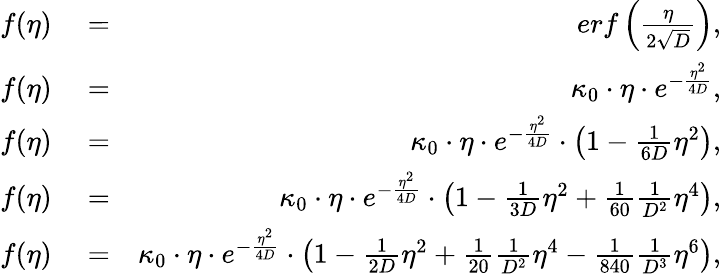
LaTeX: \begin{array}{rlr}{f(\eta)}&{{}=}&{erf\left({\frac{\eta}{2\sqrt{D}}}\right),}\\ {f(\eta)}&{{}=}&{\kappa_{0}\cdot\eta\cdot e^{-\frac{\eta^{2}}{4D}},}\\ {f(\eta)}&{{}=}&{\kappa_{0}\cdot\eta\cdot e^{-\frac{\eta^{2}}{4D}}\cdot\left(1-\frac{1}{6D}\eta^{2}\right),}\\ {f(\eta)}&{{}=}&{\kappa_{0}\cdot\eta\cdot e^{-\frac{\eta^{2}}{4D}}\cdot\left(1-\frac{1}{3D}\eta^{2}+\frac{1}{60}\frac{1}{D^{2}}\eta^{4}\right),}\\ {f(\eta)}&{{}=}&{\kappa_{0}\cdot\eta\cdot e^{-\frac{\eta^{2}}{4D}}\cdot\left(1-\frac{1}{2D}\eta^{2}+\frac{1}{20}\frac{1}{D^{2}}\eta^{4}-\frac{1}{840}\frac{1}{D^{3}}\eta^{6}\right),}\end{array}